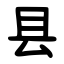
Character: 县